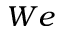
W e